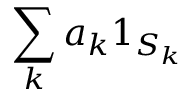
\sum _ { k } a _ { k } 1 _ { S _ { k } }